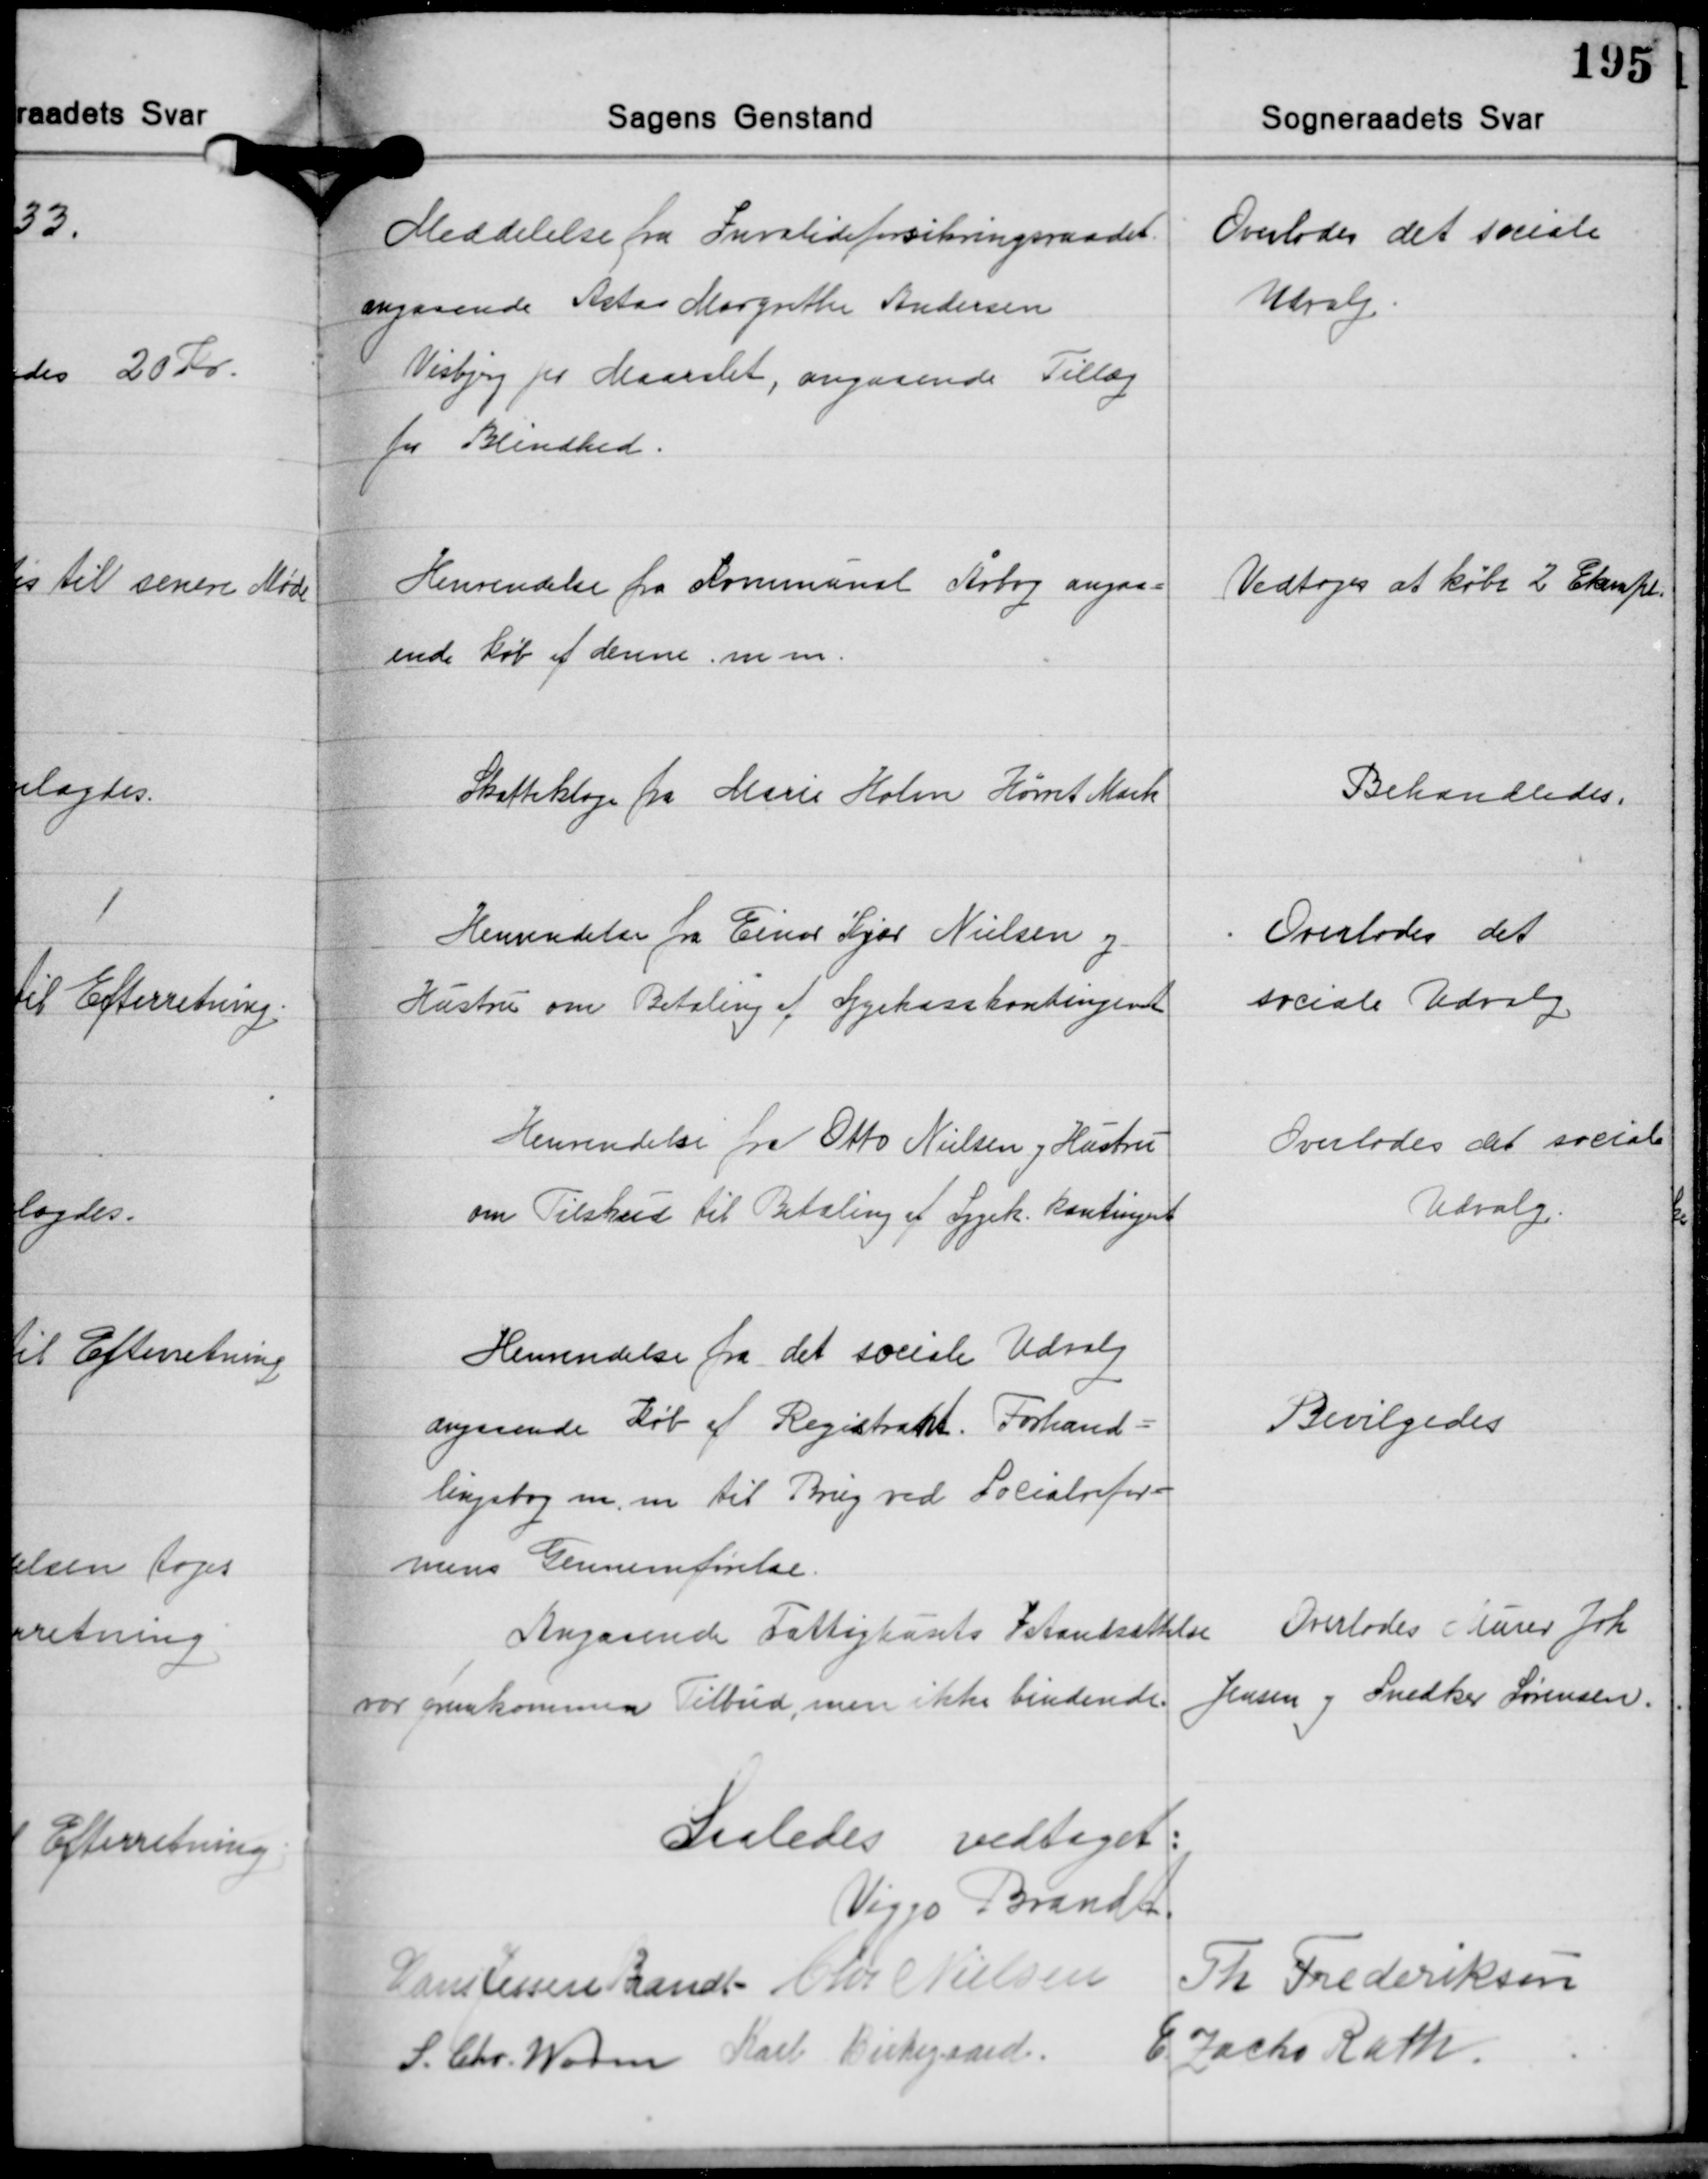
Transskription:
Meddelelse fra Invalideforsikringsraadet
angaaende Asta Margrethe Andersen
Visbjerg pr. Maarslet, angaaende Tillæg
for Blindhed.

Overlodes det sociale
Udvalg

Henvendelse fra Kommunal Årbog angaa-
ende Køb af denne m.m.

Vedtoges at købe 2 Eksempl.

Skatteklage fra Marie Holm Hørret Mark

Behandledes.

Henvendelse fra Einar Kjær Nielsen og
Hustru om Betaling af Sygekassekontingent

Overlodes det
sociale Udvalg.

Henvendelse fra Otto Nielsen og Hustru
om Tilskud til Betaling af Sygek. kontingent

Overlodes det sociale
Udvalg.

Henvendelse fra det sociale Udvalg
angaaende Køb af Registrakt. Forhand-
lingsbog m.m. til Brug ved Socialrefor-
mens Gennemførelse.

Bevilgedes

Angaaende Fattighusets Istandsættelse
var fremkommen Tilbud, men ikke bindende.

Overlodes Murer Joh.
Jensen og Snedker Sørensen.

Saaledes vedtaget:
Viggo Brandt
Th. Frederiksen
Hans Jessen Brandt Chr. Nielsen
S. Chr. Worm Karl Birkegaard E. Zacho Rath